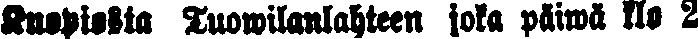
Kuopiosta Tuowilanlahteen joka päiwä klo 2